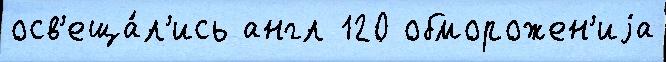
осв'еща́л'ись англ 120 обморожен'иjа